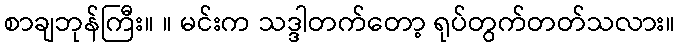
စာချဘုန်ကြီး။ ။ မင်းက သဒ္ဒါတက်တော့ ရုပ်တွက်တတ်သလား။